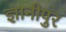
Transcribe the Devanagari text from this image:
ज्ञानीपुर